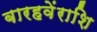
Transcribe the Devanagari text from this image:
बारहवेंराशि